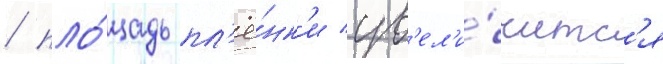
/ пло́щадь пл'ё́нк'и ув'ел'и́читс'я